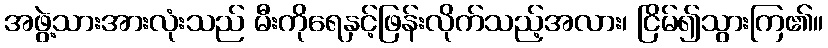
အဖွဲ့သားအားလုံးသည် မီးကိုရေနှင့်ဖြန်းလိုက်သည့်အလား၊ ငြိမ်၍သွားကြ၏။